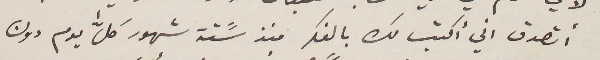
أتصدق اني أكتب لك بالفكر منذ سًتة شهور كلﱣ يوم دون